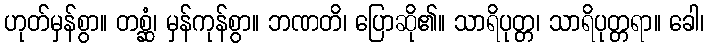
ဟုတ်မှန်စွာ။ တစ္ဆံ၊ မှန်ကုန်စွာ။ ဘဏတိ၊ ပြောဆို၏။ သာရိပုတ္တ၊ သာရိပုတ္တရာ။ ခေါ၊